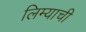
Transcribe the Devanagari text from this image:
लिम्याची